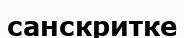
санскритке